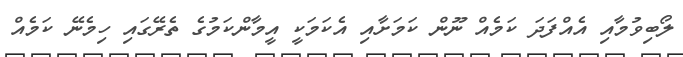
ލޯބިވުމާއި އެއްފަދަ ކަމެއް ނޫން ކަމަށާއި އެކަމަކީ އީމާންކަމުގެ ތެރޭގައި ހިމެނޭ ކަމެއް